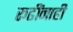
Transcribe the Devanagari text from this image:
रूढींनाही